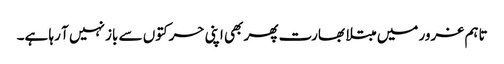
تاہم غرور میں مبتلا بھارت پھر بھی اپنی حرکتوں سے باز نہیں آ رہا ہے۔